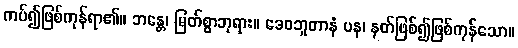
ကပ်၍ဖြစ်ကုန်ရာ၏။ ဘန္တေ၊ မြတ်စွာဘုရား။ ဒေဝဘူတာနံ ပန၊ နတ်ဖြစ်၍ဖြစ်ကုန်သော။